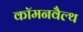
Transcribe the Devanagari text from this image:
कॉमनवैल्‍थ